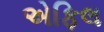
એફિલ